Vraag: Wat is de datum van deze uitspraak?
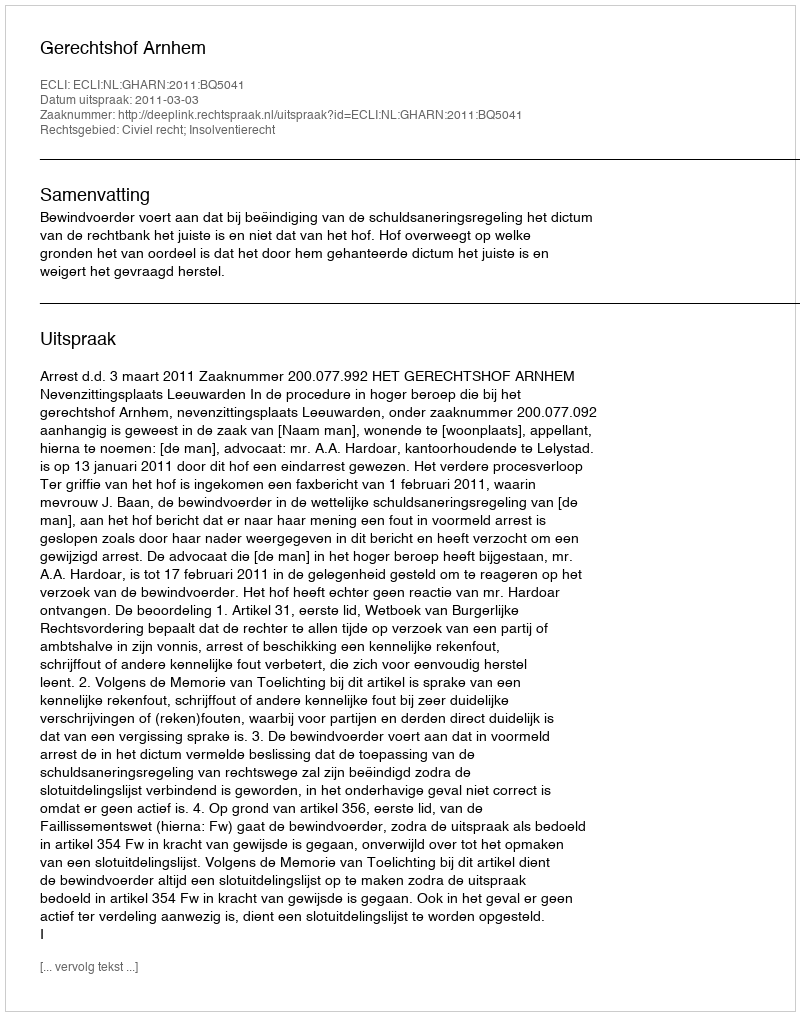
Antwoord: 2011-03-03